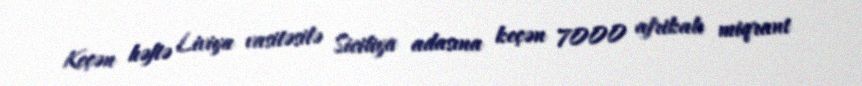
Keçən həftə Liviya vasitəsilə Siciliya adasına keçən 7000 afrikalı miqrant